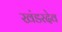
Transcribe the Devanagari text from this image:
खंडरदेव